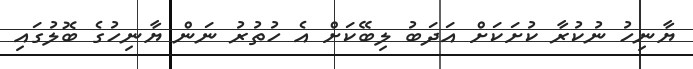
ޔާނިހު ނުކުރާ ކުށަކަށް އަދަބު ލިބޭކަށް އެ ހުތުރު ނަން ޔާނިހުގެ ބޮލުގައި